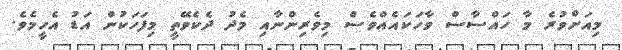
މިއަށްވުރެ މާ ހައްސާސް ވާހަކައެއްވެސް މިވެރިންނާއި މެދު ދެކެވޭތީ މިފަހަކުން އަޑު އެހީމެވެ.